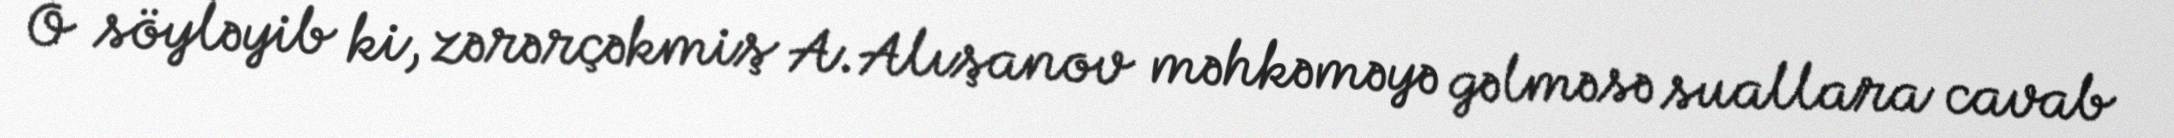
O söyləyib ki, zərərçəkmiş A.Alışanov məhkəməyə gəlməsə suallara cavab